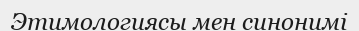
Этимологиясы мен синонимі